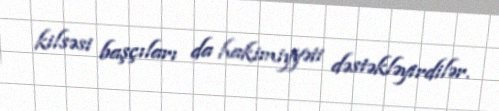
kilsəsi başçıları da hakimiyyəti dəstəkləyirdilər.